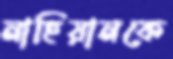
নাহিয়ানকে